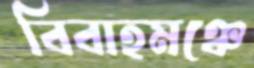
বিবাহমঞ্চে